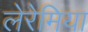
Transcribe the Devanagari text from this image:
लेरेमिया